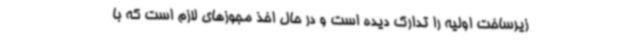
زیرساخت اولیه را تدارک دیده است و در حال اخذ مجوزهای لازم است که با